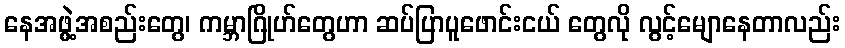
နေအဖွဲ့အစည်းတွေ၊ ကမ္ဘာဂြိုဟ်တွေဟာ ဆပ်ပြာပူဖောင်းငယ် တွေလို လွင့်မျောနေတာလည်း